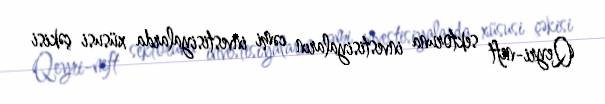
Qeyri-neft sektoruna investisiyaların cəmi investisiyalarda xüsusi çəkisi